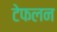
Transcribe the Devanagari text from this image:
टेफलन